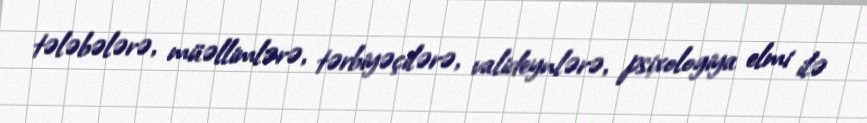
tələbələrə, müəllimlərə, tərbiyəçilərə, valideynlərə, psixologiya elmi ilə